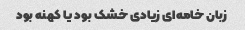
زبان خامه‌ای زیادی خشک بود یا کهنه بود